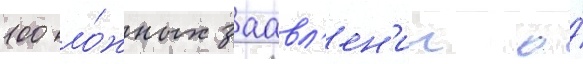
100 ло́жных заавл'ен'ии о́